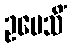
ဥပေသိံ